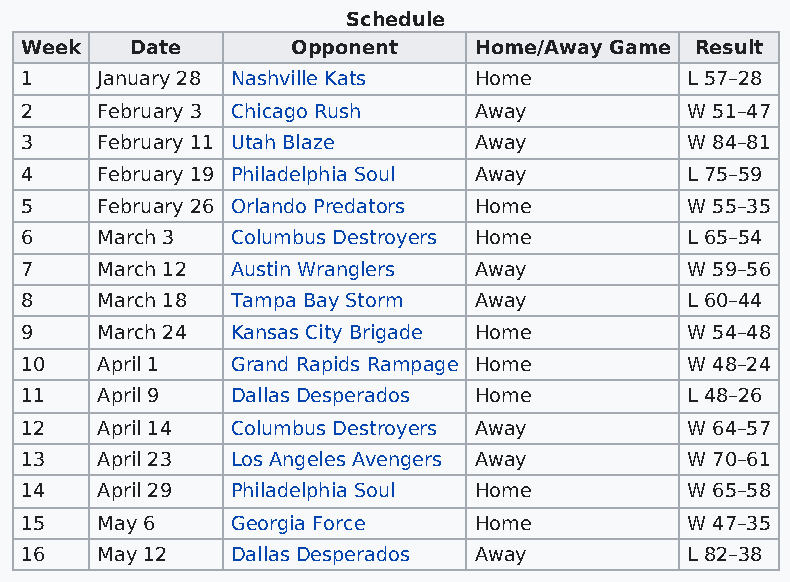
Schedule
 Week    Date      Opponent    Home/Away Game Result
 1    January 28 Nashville Kats Home         L 57–28
 2    February 3 Chicago Rush  Away          W 51–47
 3    February 11 Utah Blaze   Away          W 84–81
 4    February 19 Philadelphia Soul Away     L 75–59
 5    February 26 Orlando Predators Home     W 55–35
 6    March 3  Columbus Destroyers Home      L 65–54
 7    March 12 Austin Wranglers Away         W 59–56
 8    March 18 Tampa Bay Storm Away          L 60–44
 9    March 24 Kansas City Brigade Home      W 54–48
 10   April 1  Grand Rapids Rampage Home     W 48–24
 11   April 9  Dallas Desperados Home        L 48–26
 12   April 14 Columbus Destroyers Away      W 64–57
 13   April 23 Los Angeles Avengers Away     W 70–61
 14   April 29 Philadelphia Soul Home        W 65–58
 15   May 6    Georgia Force   Home          W 47–35
 16   May 12   Dallas Desperados Away        L 82–38